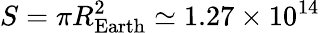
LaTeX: S=\pi R_{\mathrm{Earth}}^{2}\simeq 1.27\times 10^{14}